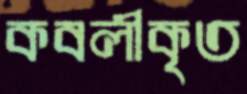
কবলীকৃত